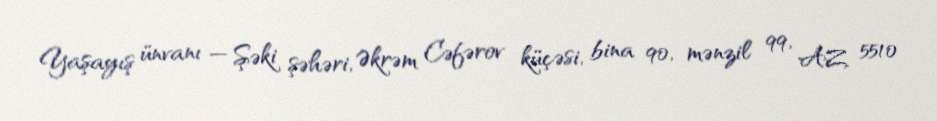
Yaşayış ünvanı — Şəki şəhəri, Əkrəm Cəfərov küçəsi, bina 90, mənzil 99, AZ 5510